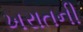
ખરાતની